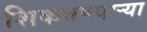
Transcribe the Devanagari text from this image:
शिकवण्यार्‍या